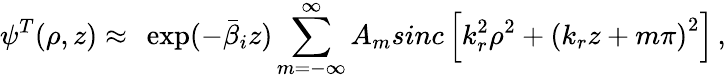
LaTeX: \psi^{T}(\rho,z)\approx\ \exp(-\bar{\beta}_{i}z)\sum_{m=-\infty}^{\infty}A_{m}sinc\left[k_{r}^{2}\rho^{2}+\left(k_{r}z+m\pi\right)^{2}\right]\, ,